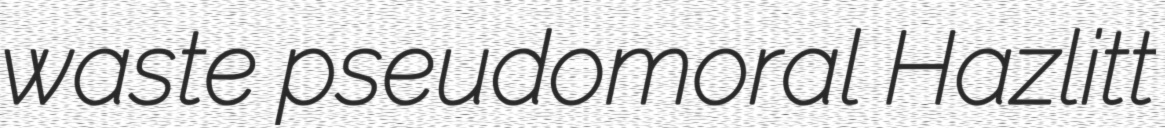
waste pseudomoral Hazlitt